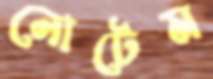
নোটেম